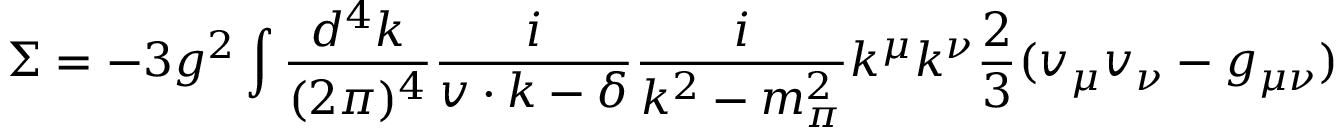
\Sigma = - 3 g ^ { 2 } \int { \frac { d ^ { 4 } k } { ( 2 \pi ) ^ { 4 } } } { \frac { i } { v \cdot k - \delta } } { \frac { i } { k ^ { 2 } - m _ { \pi } ^ { 2 } } } k ^ { \mu } k ^ { \nu } { \frac { 2 } { 3 } } ( v _ { \mu } v _ { \nu } - g _ { \mu \nu } )